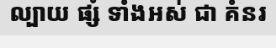
ល្បាយ ផ្សំ ទាំងអស់ ជា គំនរ